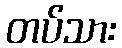
တပ်သား